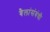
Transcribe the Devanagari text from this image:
बैलांसंबंधी